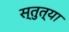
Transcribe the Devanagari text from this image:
स्तुत्या